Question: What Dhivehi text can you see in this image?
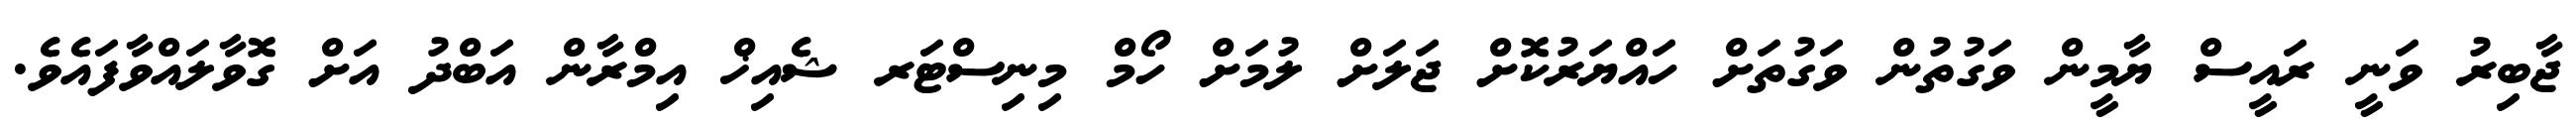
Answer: ޖާބިރު ވަނީ ރައީސް ޔާމީން ވަގުތުން ވަގުތަށް ހައްޔަރުކޮށް ޖަލަށް ލުމަށް ހޯމް މިނިސްޓަރ ޝެއިޚް އިމްރާން އަބްދު އަށް ގޮވާލައްވާފައެވެ.